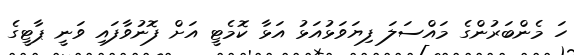
ހަ މެންބަރުންގެ މައްސަލަ ފިޔަވަޅުއަޅު އަޅާ ކޮމެޓީ އަށް ފޮނުވާފައި ވަނީ ޕާޓީގެ